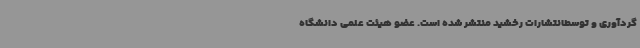
گردآوری و توسطانتشارات رخشید منتشر شده است. عضو هیئت علمی دانشگاه